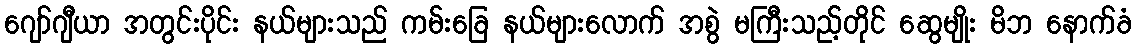
ဂျော်ဂျီယာ အတွင်းပိုင်း နယ်များသည် ကမ်းခြေ နယ်များလောက် အစွဲ မကြီးသည့်တိုင် ဆွေမျိုး မိဘ နောက်ခံ